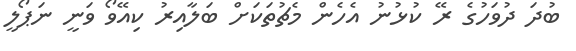
ބުދަ ދުވަހުގެ ރޭ ކުޅުނު އެހެން މެޗުތަކަށް ބަލާއިރު ކިއޭވޯ ވަނީ ނަޕޯލީ